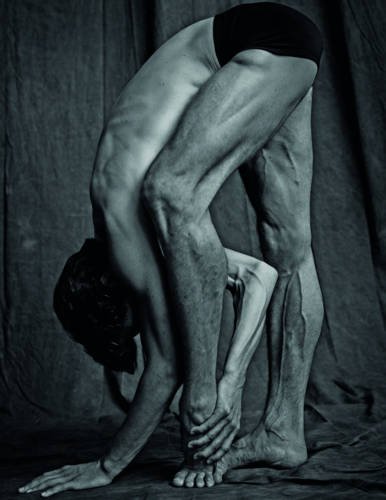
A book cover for Matthew Brookes: Les Danseurs; Humor & Entertainment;